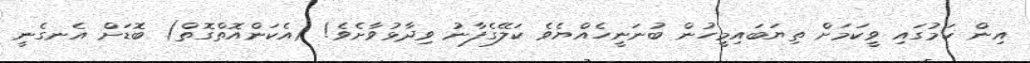
އިން ކަމުގައި ވީކަމަށް ތިޔަބައިމީހުން ބުނަނީހެއްޔެވެ ކަލޭގެފާނު ވިދާޅުވާށެވެ! (އެކަންއޮތްގޮތް) ބޮޑަށް އެނގެނީ